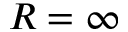
R = \infty